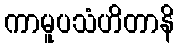
ကာမူပသံဟိတာနိ